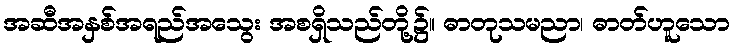
အဆီအနှစ်အရည်အသွေး အစရှိသည်တို့၌။ ဓာတုသမညာ၊ ဓာတ်ဟူသော